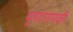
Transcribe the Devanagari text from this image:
धृपदगायकी